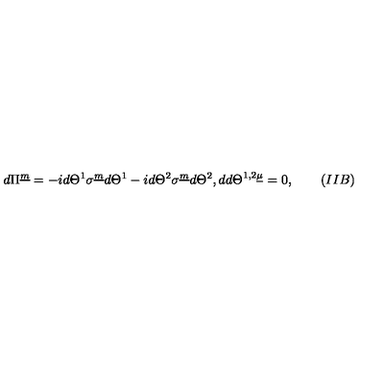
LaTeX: d \Pi ^ { \underline { m } } = - i d \Theta ^ { 1 } \sigma ^ { \underline { m } } d \Theta ^ { 1 } - i d \Theta ^ { 2 } \sigma ^ { \underline { m } } d \Theta ^ { 2 } , d d \Theta ^ { 1 , 2 \underline { \mu } } = 0 , \qquad ( I I B )